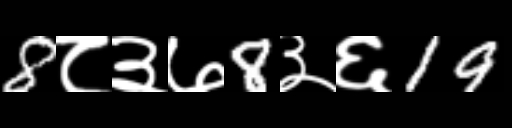
Text: 8८३७8३६19